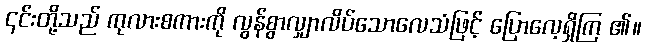
၎င်းတို့သည် ကုလားစကားကို လွန်စွာလျှာလိပ်သောလေသံဖြင့် ပြောလေ့ရှိကြ ၏။